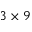
3 \times 9